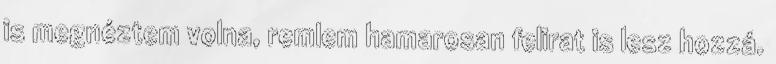
is megnéztem volna, remlem hamarosan felirat is lesz hozzá.